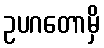
ဥပဂတောမှိ